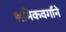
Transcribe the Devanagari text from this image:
श्रमिकवर्गाने